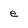
Character: e